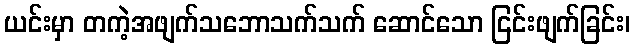
ယင်းမှာ တကဲ့အဖျက်သဘောသက်သက် ဆောင်သော ငြင်းဖျက်ခြင်း၊